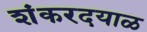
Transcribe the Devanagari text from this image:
शंकरदयाळ